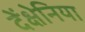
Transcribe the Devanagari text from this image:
देंक्षेनिया